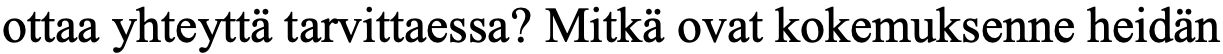
ottaa yhteyttä tarvittaessa? Mitkä ovat kokemuksenne heidän